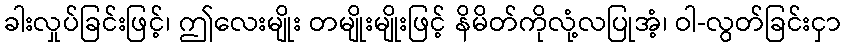
ခါးလှုပ်ခြင်းဖြင့်၊ ဤလေးမျိုး တမျိုးမျိုးဖြင့် နိမိတ်ကိုလုံ့လပြုအံ့၊ ဝါ-လွတ်ခြင်းငှာ